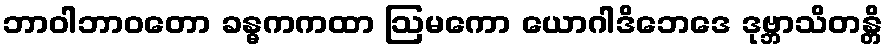
ဘာဝါဘာဝတော ခန္ဓကကထာ ဩမကော ယောဂါဒိဘေဒေ ဒုဗ္ဘာသိတန္တိ